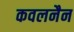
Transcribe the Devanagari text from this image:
कवलनैन